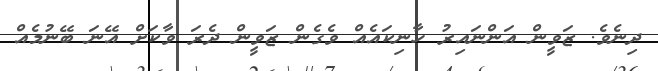
ދިނެވެ. ޒަވީން އަންނައިރު ހާނިކައެއް ވެގެން ޒަވީން ދެރަ ވާކަށް އޭނަ ބޭނުމެއް